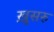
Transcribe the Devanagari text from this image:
ख़ुसरु